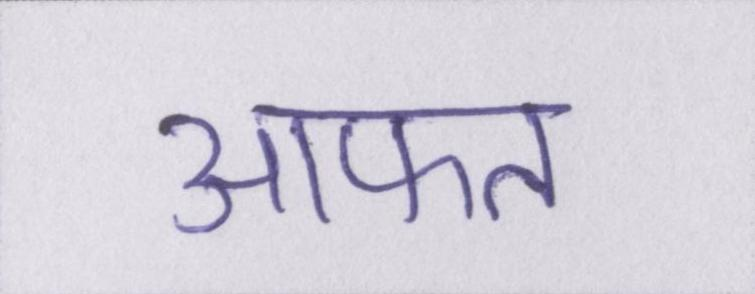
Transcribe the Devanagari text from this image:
आफत